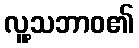
လူ့သဘာဝ၏